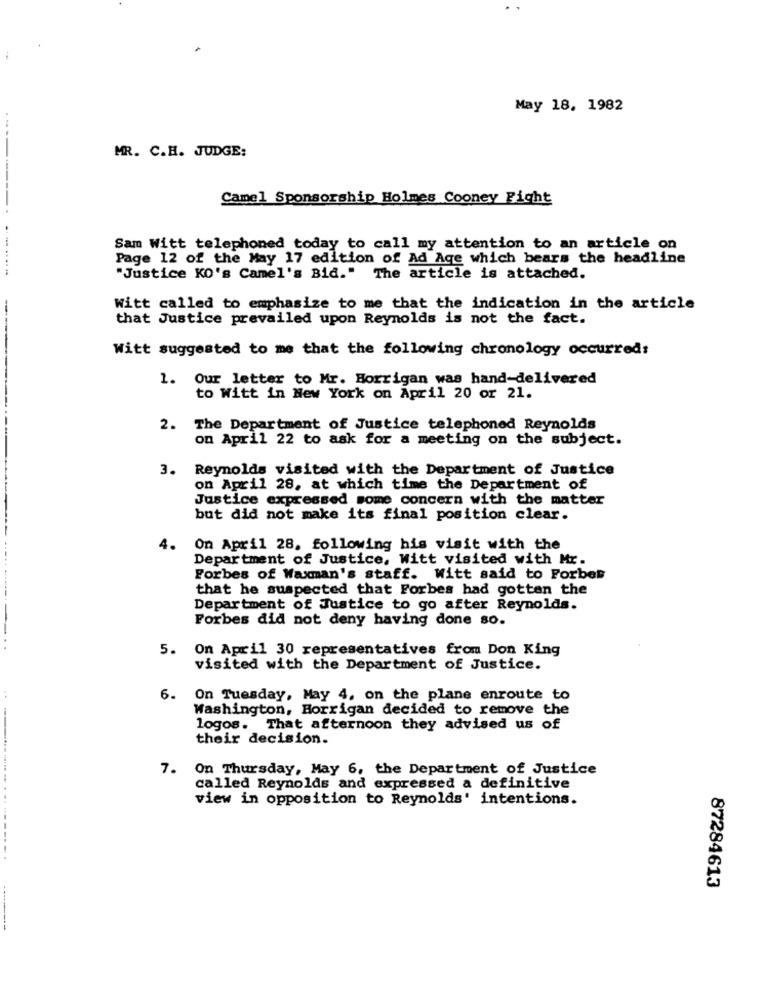
May 18, 1982
MR. C.H. JUDGE:
Camel Sponsorship Holmes Cooney Fight
--------.
Sam Witt telephoned today to call my attention to an article on
Page 12 of the May 17 edition of Ad Age which bears the headline
. .. ......
"Justice KO's Camel's Bid." The article is attached.
-
Witt called to emphasize to me that the indication in the article
that Justice prevailed upon Reynolds is not the fact.
Witt suggested to me that the following chronology occurred:
1. Our letter to Mr. Horrigan was hand-delivered
to Witt in New York on April 20 or 21.
2. The Department of Justice telephoned Reynolds
on April 22 to ask for a meeting on the subject.
3.
Reynolds visited with the Department of Justice
on April 28, at which time the Department of
Justice expressed some concern with the matter
but did not make its final position clear.
4.
On April 28, following his visit with the
Department of Justice, Witt visited with Mr.
Forbes of Waxman's staff. Witt said to Forbes
that he suspected that Forbes had gotten the
Department of Justice to go after Reynolds.
Forbes did not deny having done so.
5. On April 30 representatives from Don King
visited with the Department of Justice.
6. On Tuesday, May 4, on the plane enroute to
Washington, Horrigan decided to remove the
logos. That afternoon they advised us of
their decision.
7. On Thursday, May 6, the Department of Justice
called Reynolds and expressed a definitive
view in opposition to Reynolds' intentions.
---------- -- -------.
87284613